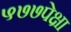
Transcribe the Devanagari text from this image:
५७७पेक्षा